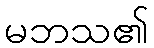
မဘသ၏